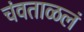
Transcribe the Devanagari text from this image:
चंवताळलं